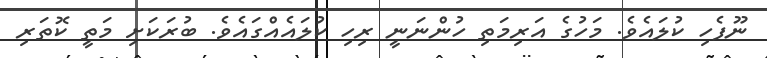
ނޫފެހި ކުލައެވެ. މަހުގެ އަރިމަތި ހުންނަނީ ރިހި ކުލައެއްގައެވެ. ބުރަކަށި މަތީ ކޮތަރި